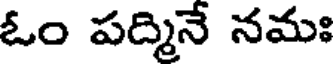
ఓం పద్మినే నమః